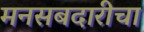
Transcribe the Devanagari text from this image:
मनसबदारीचा